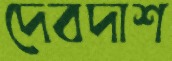
দেবদাশ